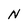
Character: N